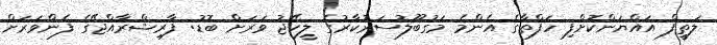
ލަތީފް އައްޔަންކޮށްފި ހަފްތާގެ އެންމެ މަގުބޫލުސަރުކާރުގެ ލީކޭޖު ވަރަށް ބޮޑު: ފާރިޝްރާއްޖޭގެ ފެންވަރަށް